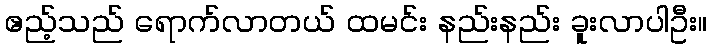
ဧည့်သည် ရောက်လာတယ် ထမင်း နည်းနည်း ခူးလာပါဦး။